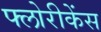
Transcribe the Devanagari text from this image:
फ्लोरीकेंस